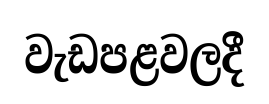
වැඩපළවලදී